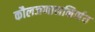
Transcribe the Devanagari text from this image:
कौलजणाननिर्णय